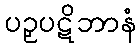
ပဉှပဋိဘာနံ